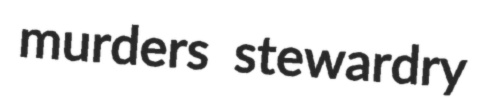
murders stewardry